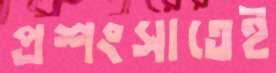
প্রশংসাতেই